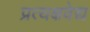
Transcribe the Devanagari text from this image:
प्रत्यक्षवेद्य